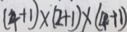
( 4 + 1 ) \times ( 2 + 1 ) \times ( 4 + 1 )